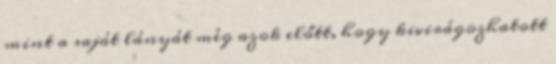
mint a saját lányát még azok előtt, hogy kivirágozhatott